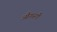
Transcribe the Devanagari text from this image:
औगस्ती